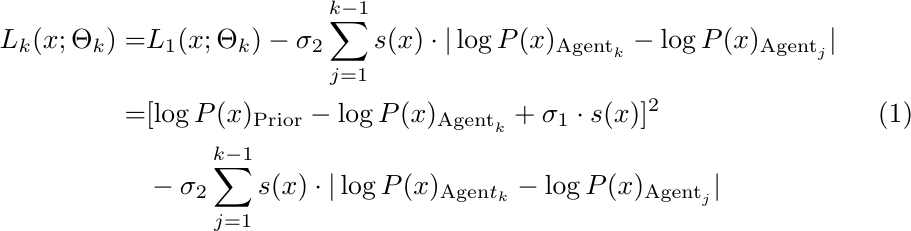
\begin{equation}
\begin{aligned}
L_k(x;\Theta_k)=&L_1(x;\Theta_k)-\sigma_2\sum_{j=1}^{k-1}s(x)\cdot|\log P(x)_{\mathrm{Agent}_k}-\log P(x)_{\mathrm{Agent}_j}| \\
=&[\log P(x)_{\mathrm{Prior}}-\log P(x)_{\mathrm{Agent}_k}+\sigma_1\cdot s(x)]^2\\
&-\sigma_2\sum_{j=1}^{k-1}s(x)\cdot|\log P(x)_{\mathrm{Agen}t_k}-\log P(x)_{\mathrm{Agent}_j}|
\end{aligned}
\end{equation}